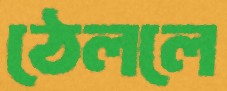
ঠেললে